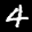
Label: 4